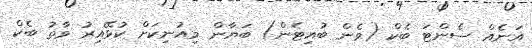
އަނެއް ސެންޓަ ބެކް (ވެން ބުއިޓެން) ބަޔާން މިއުނިކަށް ކުޅޭއިރު ވާތު ބެކް